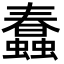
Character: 蠢